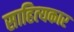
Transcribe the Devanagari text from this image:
साहित्‍यकार